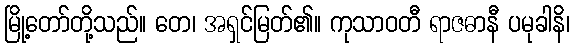
မြို့တော်တို့သည်။ တေ၊ အရှင်မြတ်၏။ ကုသာဝတီ ရာဇဓာနီ ပမုခါနိ၊